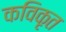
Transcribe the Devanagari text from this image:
कविकृत